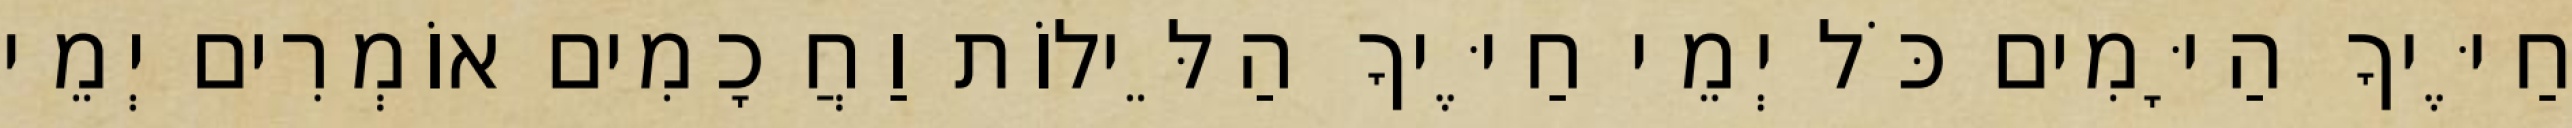
חַיֶּיךָ הַיָּמִים כֹּל יְמֵי חַיֶּיךָ הַלֵּילוֹת וַחֲכָמִים אוֹמְרִים יְמֵי